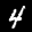
Label: 4